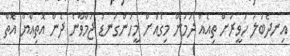
އިނދެބަލަ ހަވީރަށް ތިއެއް ދަމަން މިގެއަށް މީހުންގަނޑު ޖަމާވާނެ ދެން އޮތިއްޔާ އޮތް